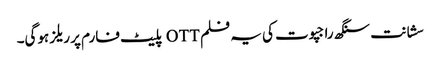
سشانت سنگھ راجپوت کی یہ فلم OTT پلیٹ فارم پر ریلز ہوگی۔